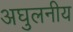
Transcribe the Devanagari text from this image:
अघुलनीय